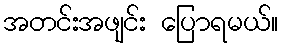
အတင်းအဖျင်း ပြောရမယ်။